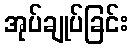
အုပ်ချုပ်ခြင်း